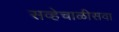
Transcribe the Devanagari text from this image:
सव्हेचाळीसवा